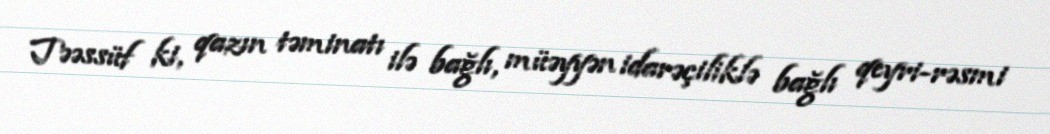
Təəssüf ki, qazın təminatı ilə bağlı, müəyyən idarəçiliklə bağlı qeyri-rəsmi